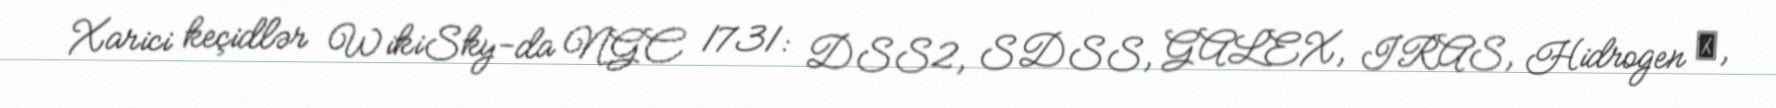
Xarici keçidlər WikiSky-da NGC 1731: DSS2, SDSS, GALEX, IRAS, Hidrogen α,